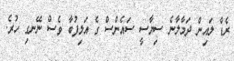
ރެޑް ލައިން ދަމާލާނެ ސިޔާސީ ސައެންސް ގެ އަލިފުބާ ވެސް ނޭނގި ހުރެ.